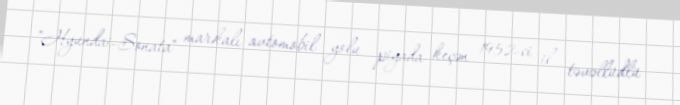
"Hyundai-Sonata" markalı avtomobil yolu piyada keçən 1952-ci il təvəllüdlü